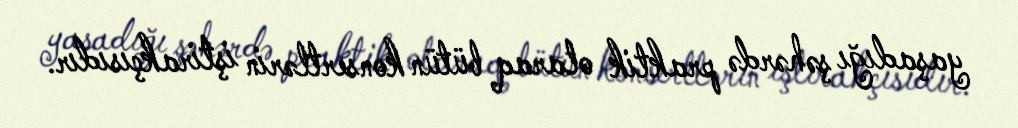
yaşadığı şəhərdə praktik olaraq bütün konsertlərin iştirakçısıdır.